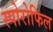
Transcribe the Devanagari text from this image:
स्पोरोफिल